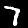
Digit: 7